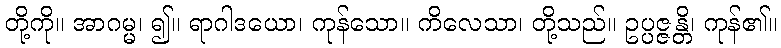
တို့ကို။ အာဂမ္မ၊ ၍။ ရာဂါဒယော၊ ကုန်သော။ ကိလေသာ၊ တို့သည်။ ဥပ္ပဇ္ဇန္တိ၊ ကုန်၏။